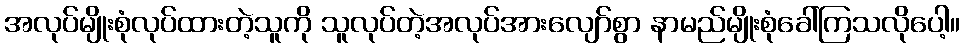
အလုပ်မျိုးစုံလုပ်ထားတဲ့သူကို သူလုပ်တဲ့အလုပ်အားလျော်စွာ နာမည်မျိုးစုံခေါ်ကြသလိုပေါ့။